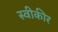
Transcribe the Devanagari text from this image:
स्वीकीर